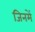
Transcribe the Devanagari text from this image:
जिनमें